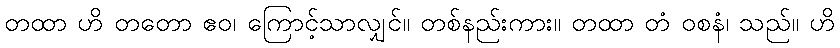
တထာ ဟိ တတော ဧဝ၊ ကြောင့်သာလျှင်။ တစ်နည်းကား။ တထာ တံ ဝစနံ၊ သည်။ ဟိ